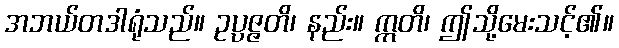
အဘယ်တဒါရုံသည်။ ဥပ္ပဇ္ဇတိ၊ နည်း။ ဣတိ၊ ဤသို့မေးသင့်၏။